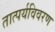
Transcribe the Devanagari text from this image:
तात्पर्यविवरण